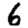
Digit: 6